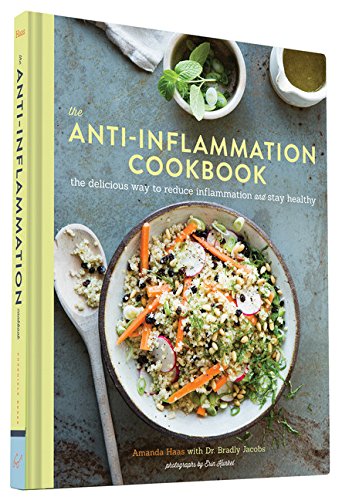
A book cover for The Anti-Inflammation Cookbook: The Delicious Way to Reduce Inflammation and Stay Healthy; Amanda Haas; Cookbooks, Food & Wine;